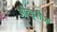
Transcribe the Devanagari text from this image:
ओव्हरीज